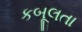
કબૂલતા